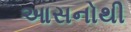
આસનોથી